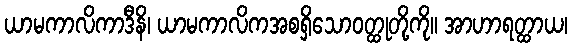
ယာမကာလိကာဒီနိ၊ ယာမကာလိကအစရှိသောဝတ္ထုတို့ကို။ အာဟာရတ္ထာယ၊